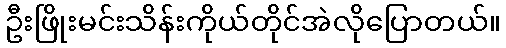
ဦးဖြိုးမင်းသိန်းကိုယ်တိုင်အဲလိုပြောတယ်။